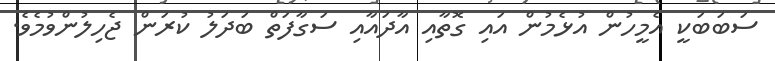
ސަބަބަކީ އެމީހުން އުޅެމުން އައި ގޮތާއި އާދައާއި ސަގާފަތް ބަދަލު ކުރަން ޖެހިލުންވުމެވެ.